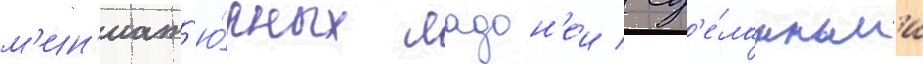
м'ин'иат'ю́рных ладон'еи / сд'е́ланным'и